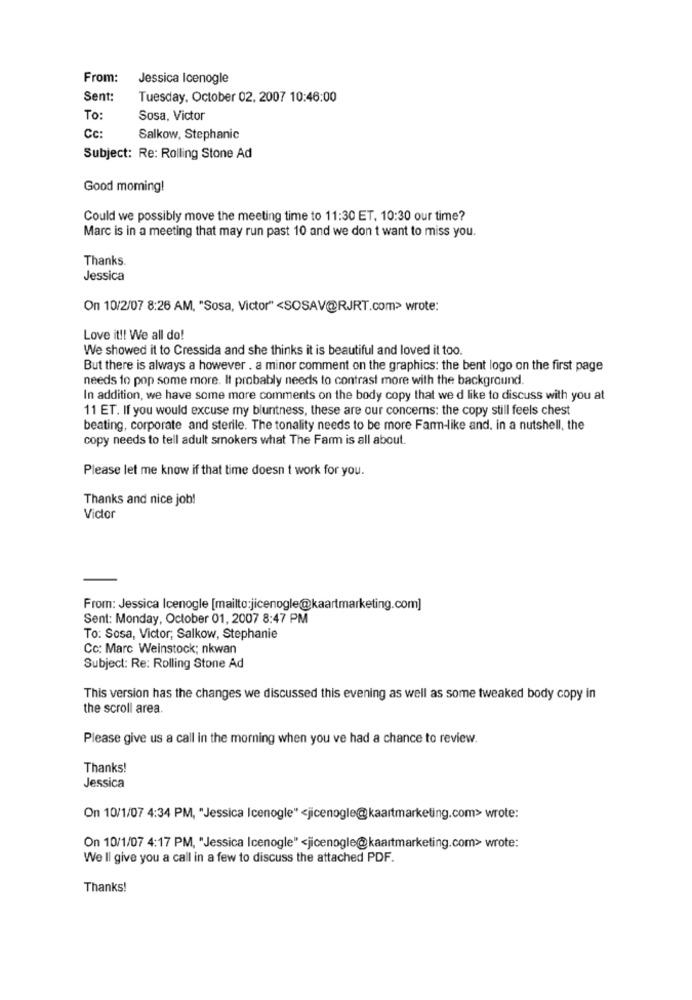
From:
Jessica Icenogle
Sent:
Tuesday, October 02, 2007 10:46:00
To:
Sosa, Victor
Cc
Salkow, Stephanic
Subject: Re: Rolling Stone Ad
Good moming!
Could we possibly move the meeting time to 11:30 ET, 10:30 our time?
Marc is in a meeting that may run past 10 and we don t want to miss you.
Thanks.
Jessica
On 10/2/07 8:26 AM, "Sosa, Victor" <SOSAV@RJRT.com> wrote:
Love it !! We all do!
We showed it to Cressida and she thinks it is beautiful and loved it too.
But there is always a however . a minor comment on the graphics: the bent logo on the first page
needs to pop some more. It probably needs to contrast more with the background.
In addition, we have some more comments on the body copy that we d like to discuss with you at
11 ET. If you would excuse my bluntness, these are our concerns: the copy still feels chest
beating, corporate and sterile. The tonality needs to be more Farm-like and. in a nutshell, the
copy needs to tell adult smokers what The Farm is all about.
Please let me know if that time doesn t work for you.
Thanks and nice job!
Victor
From: Jessica Icenogle [mailto:jicenogle@kaartmarketing.com]
Sent: Monday, October 01, 2007 8:47 PM
To: Sosa, Victor; Salkow, Stephanie
Cc: Marc Weinstock; nkwan
Subject: Re: Rolling Stone Ad
This version has the changes we discussed this evening as well as some tweaked body copy in
the scroll area.
Please give us a call in the morning when you ve had a chance to review.
Thanks!
Jessica
On 10/1/07 4:34 PM, "Jessica Icenogle" <jicenogle@kaartmarketing.com> wrote:
On 10/1/07 4:17 PM, "Jessica Icenogle" <jicenogle@kaartmarketing.com> wrote:
We ll give you a call in a few to discuss the attached PDF.
Thanks!